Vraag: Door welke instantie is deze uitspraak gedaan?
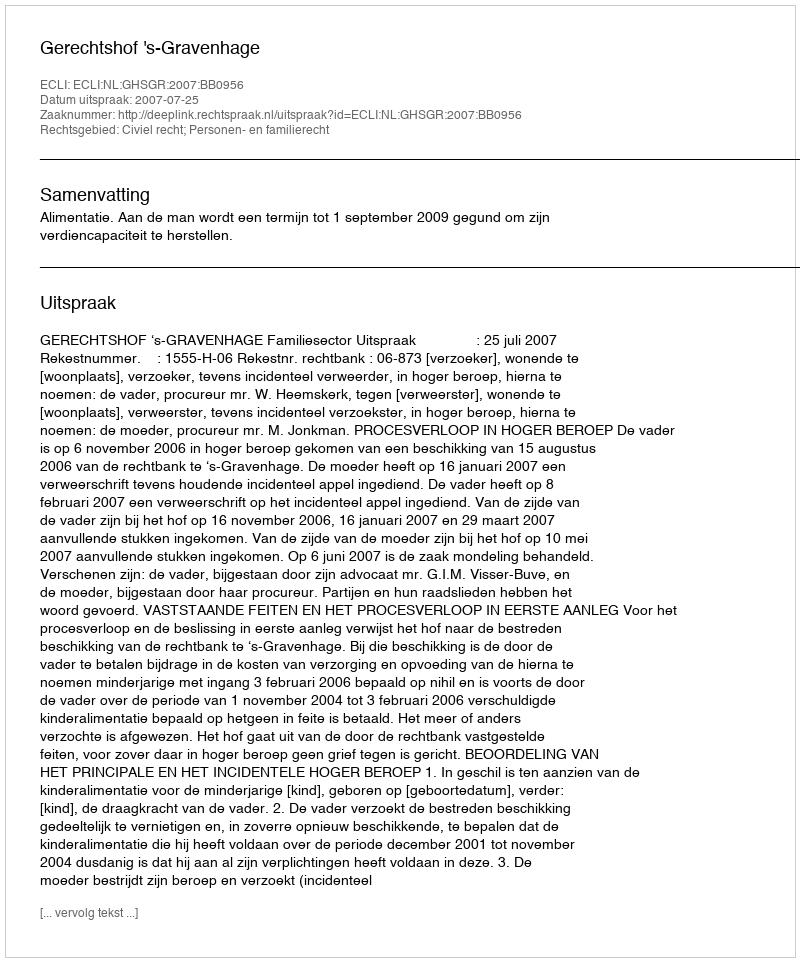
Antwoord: Gerechtshof 's-Gravenhage